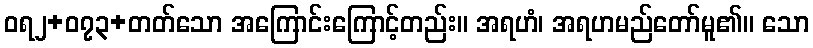
ဝရ၂+၀၇၃+တတ်သော အကြောင်းကြောင့်တည်း။ အရဟံ၊ အရဟမည်တော်မူ၏။ သော